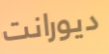
ديورانت